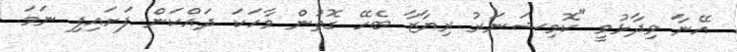
އޭނާ ވިދާޅުވީ "ކޮމިޝަނަރު ރިޔާޒާ ބެހޭ ގޮތުން ވާހަކަ ދައްކަން ފަށައިފި ނަމަ